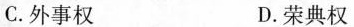
C.外事权 D.荣典权